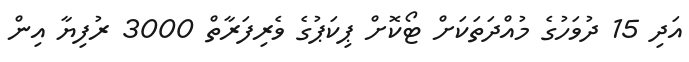
އަދި 15 ދުވަހުގެ މުއްދަތަަކަށް ޓޯކޮށް ޕިކަޕުގެ ވެރިފަރާތް 3000 ރުފިޔާ އިން